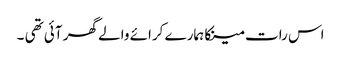
اس رات مینکا ہمارے کرائے والے گھر آئی تھی ۔